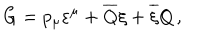
G = p _ { \mu } \varepsilon ^ { \mu } + \overline { { { Q } } } \xi + \overline { { { \xi } } } Q \, ,